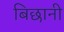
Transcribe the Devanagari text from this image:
बिछानी